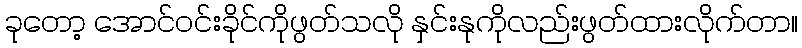
ခုတော့ အောင်ဝင်းခိုင်ကိုဖွတ်သလို နှင်းနုကိုလည်းဖွတ်ထားလိုက်တာ။